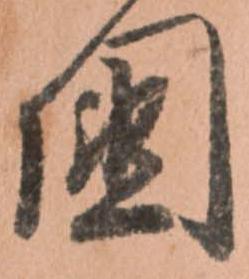
国